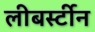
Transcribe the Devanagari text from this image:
लीबर्स्टीन